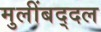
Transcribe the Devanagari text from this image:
मुलींबद्दल